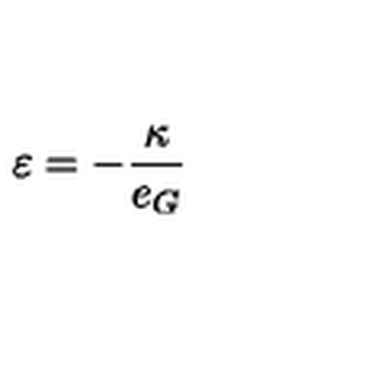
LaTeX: \varepsilon = - \frac { \kappa } { e _ { G } }